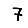
Digit: 7